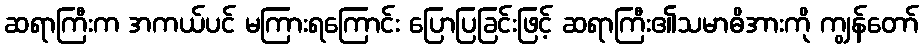
ဆရာကြီးက အကယ်ပင် မကြားရကြောင်း ပြောပြခြင်းဖြင့် ဆရာကြီး၏သမာဓိအားကို ကျွန်တော်